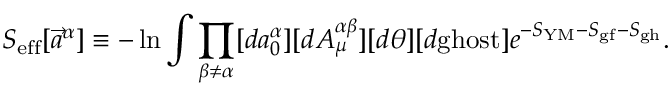
S _ { \mathrm { e f f } } [ \vec { a } ^ { \alpha } ] \equiv - \ln \int \prod _ { \beta \neq \alpha } [ d a _ { 0 } ^ { \alpha } ] [ d A _ { \mu } ^ { \alpha \beta } ] [ d \theta ] [ d \mathrm { g h o s t } ] e ^ { - S _ { \mathrm { Y M } } - S _ { \mathrm { g f } } - S _ { \mathrm { g h } } } .